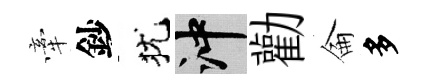
牽鈔犹冲勸侖多